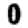
Digit: 0